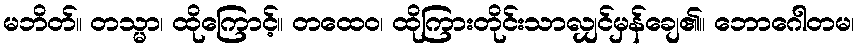
မဘိတ်။ တသ္မာ၊ ထိုကြောင့်။ တထေဝ၊ ထိုကြားတိုင်းသာလျှင်မှန်ချေ၏။ ဘောဂေါတမ၊